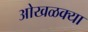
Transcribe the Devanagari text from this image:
ओखळक्या